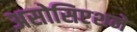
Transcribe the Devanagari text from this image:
असोसिएशने